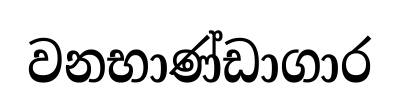
වනභාණ්ඩාගාර